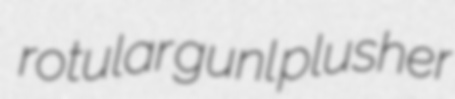
rotular gunl plusher